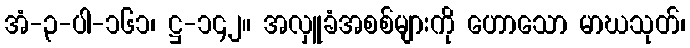
အံ-၃-ပါ-၁၆၁၊ ဋ္ဌ-၁၄၂။ အလှူခံအစစ်များကို ဟောသော မာဃသုတ်၊